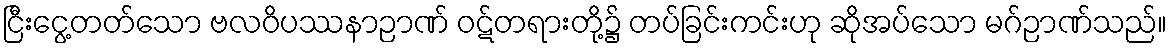
ငြီးငွေ့တတ်သော ဗလဝိပဿနာဉာဏ် ဝဋ်တရားတို့၌ တပ်ခြင်းကင်းဟု ဆိုအပ်သော မဂ်ဉာဏ်သည်။